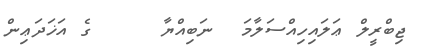
ޖިބްރީލް ޢަލައިހިއްސަލާމަ  ނަބިއްޔާ     ގެ އަޚަދަޢިން